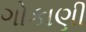
ગોકાણી